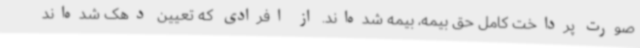
صورت پرداخت کامل حق بیمه، بیمه شده‌اند. از افرادی که تعیین دهک شده‌اند